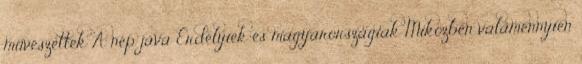
művészettek A nép java Erdélyiek és magyarországiak Miközben valamennyien